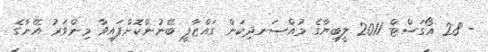
- 28 އޯގަސްޓް 2011 ލީބިޔާގެ މުއްސަނދިކަން ގައްޒާފީ ބޭނުންކޮށްފައިވާ މިންވަރު އޭނާގެ